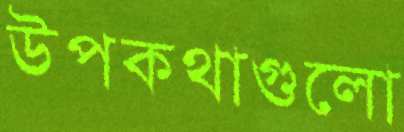
উপকথাগুলো